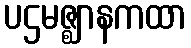
ပဌမဇ္ဈာနကထာ